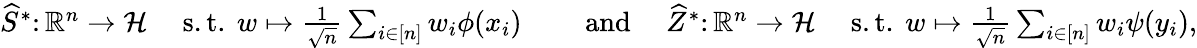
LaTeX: \begin{array}{rlr}{\widehat{S}^{*}\colon\mathbb R^{n}\to\mathcal{H}\quad\mathrm{~s.t.~}w\mapsto\frac{1}{\sqrt{n}}\sum_{i\in[n]}w_{i}\phi(x_{i})}&{\quad\mathrm{~and~}}&{\widehat{Z}^{*}\colon\mathbb R^{n}\to\mathcal{H}\quad\mathrm{~s.t.~}w\mapsto\frac{1}{\sqrt{n}}\sum_{i\in[n]}w_{i}\psi(y_{i}),}\end{array}